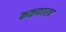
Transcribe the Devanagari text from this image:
कळणारच